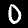
Digit: 0